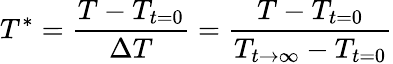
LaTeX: T^{*}=\frac{T-T_{t=0}}{\Delta T}=\frac{T-T_{t=0}}{T_{t\rightarrow\infty}-T_{t=0}}